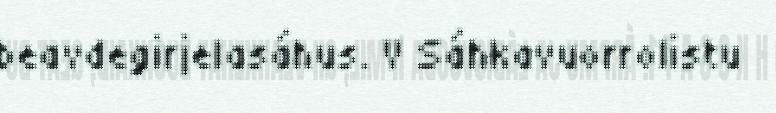
beavdegirjelasáhus. V Sáhkavuorrolistu